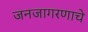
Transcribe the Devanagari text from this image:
जनजागरणाचे